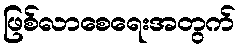
ဖြစ်လာစေရေးအတွက်